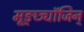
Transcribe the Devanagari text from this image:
मूङ्छ्यॉजिन्